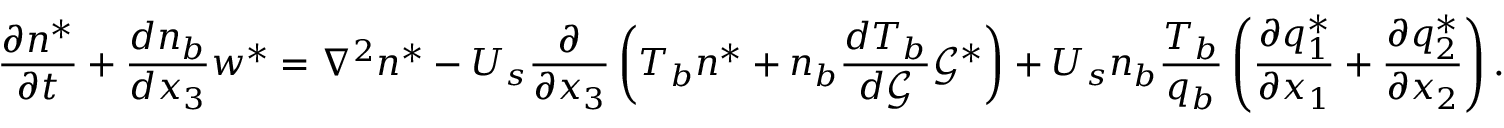
\frac { \partial n ^ { * } } { \partial t } + \frac { d n _ { b } } { d x _ { 3 } } w ^ { * } = \nabla ^ { 2 } n ^ { * } - U _ { s } \frac { \partial } { \partial x _ { 3 } } \left( T _ { b } n ^ { * } + n _ { b } \frac { d T _ { b } } { d \mathcal { G } } \mathcal { G } ^ { * } \right) + U _ { s } n _ { b } \frac { T _ { b } } { q _ { b } } \left( \frac { \partial q _ { 1 } ^ { * } } { \partial x _ { 1 } } + \frac { \partial q _ { 2 } ^ { * } } { \partial x _ { 2 } } \right) .